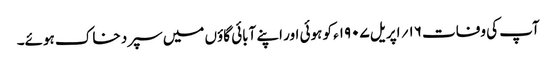
آپ کی وفات ۱۶؍ اپریل ۱۹۰۷ء کو ہوئی اور اپنے آبائی گاؤں میں سپرد خاک ہوئے۔